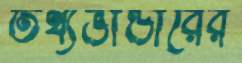
তথ্যভান্ডারের